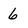
Character: 6